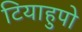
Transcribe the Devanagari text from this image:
टियाहुपो